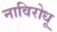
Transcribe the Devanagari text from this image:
नाविरोधू